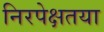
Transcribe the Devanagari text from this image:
निरपेक्षतया